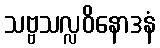
သဗ္ဗသလ္လဝိနောဒနံ